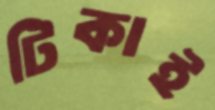
টিকাই